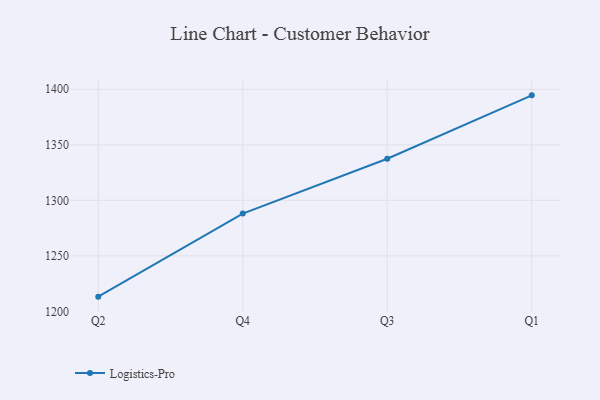
{"axis": {"x": "Quarter", "y": "Tickets Resolved"}, "legend": ["Logistics-Pro"], "data": [{"x": "Q2", "y": 1213.3, "type": "Logistics-Pro"}, {"x": "Q4", "y": 1288.1, "type": "Logistics-Pro"}, {"x": "Q3", "y": 1337.4, "type": "Logistics-Pro"}, {"x": "Q1", "y": 1394.5, "type": "Logistics-Pro"}]}